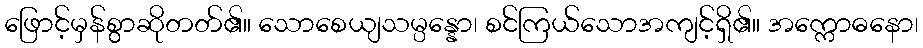
ဖြောင့်မှန်စွာဆိုတတ်၏။ သောစေယျသမ္ပန္နော၊ စင်ကြယ်သောအကျင့်ရှိ၏။ အက္ကောဓနော၊